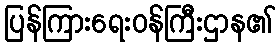
ပြန်ကြားရေးဝန်ကြီးဌာန၏